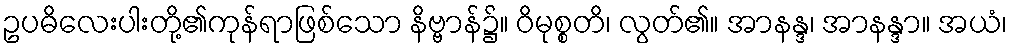
ဥပဓိလေးပါးတို့၏ကုန်ရာဖြစ်သော နိဗ္ဗာန်၌။ ဝိမုစ္စတိ၊ လွတ်၏။ အာနန္ဒ၊ အာနန္ဒာ။ အယံ၊